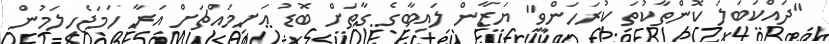
"ދައްކަބަލަ ކޮންތާކުތަ ކުރަހަންވީ" ޔަޒާން ލައިބާގެ ގާތަށް ބޮޑު އަށިމައްޗަށް އަރާ ހަމަޖެހިލަމުން